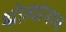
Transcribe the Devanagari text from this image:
श्रोत्यांनाच